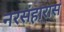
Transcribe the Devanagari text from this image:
नरसंहारास